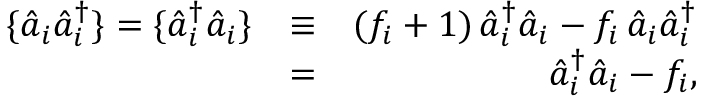
\begin{array} { r l r } { \{ \hat { a } _ { i } \hat { a } _ { i } ^ { \dagger } \} = \{ \hat { a } _ { i } ^ { \dagger } \hat { a } _ { i } \} } & { \equiv } & { ( f _ { i } + 1 ) \, \hat { a } _ { i } ^ { \dagger } \hat { a } _ { i } - f _ { i } \, \hat { a } _ { i } \hat { a } _ { i } ^ { \dagger } } \\ & { = } & { \hat { a } _ { i } ^ { \dagger } \hat { a } _ { i } - f _ { i } , } \end{array}